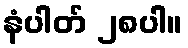
နံပါတ် ၂၈ပါ။